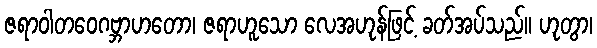
ဇရာဝါတဝေဂဗ္ဘာဟတော၊ ဇရာဟူသော လေအဟုန်ဖြင့် ခတ်အပ်သည်။ ဟုတွာ၊